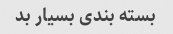
بسته بندی بسیار بد